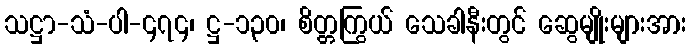
သဋ္ဌာ-သံ-ပါ-၄၇၄၊ ဋ္ဌ-၁၃၀၊ စိတ္တကြွယ် သေခါနီးတွင် ဆွေမျိုးများအား